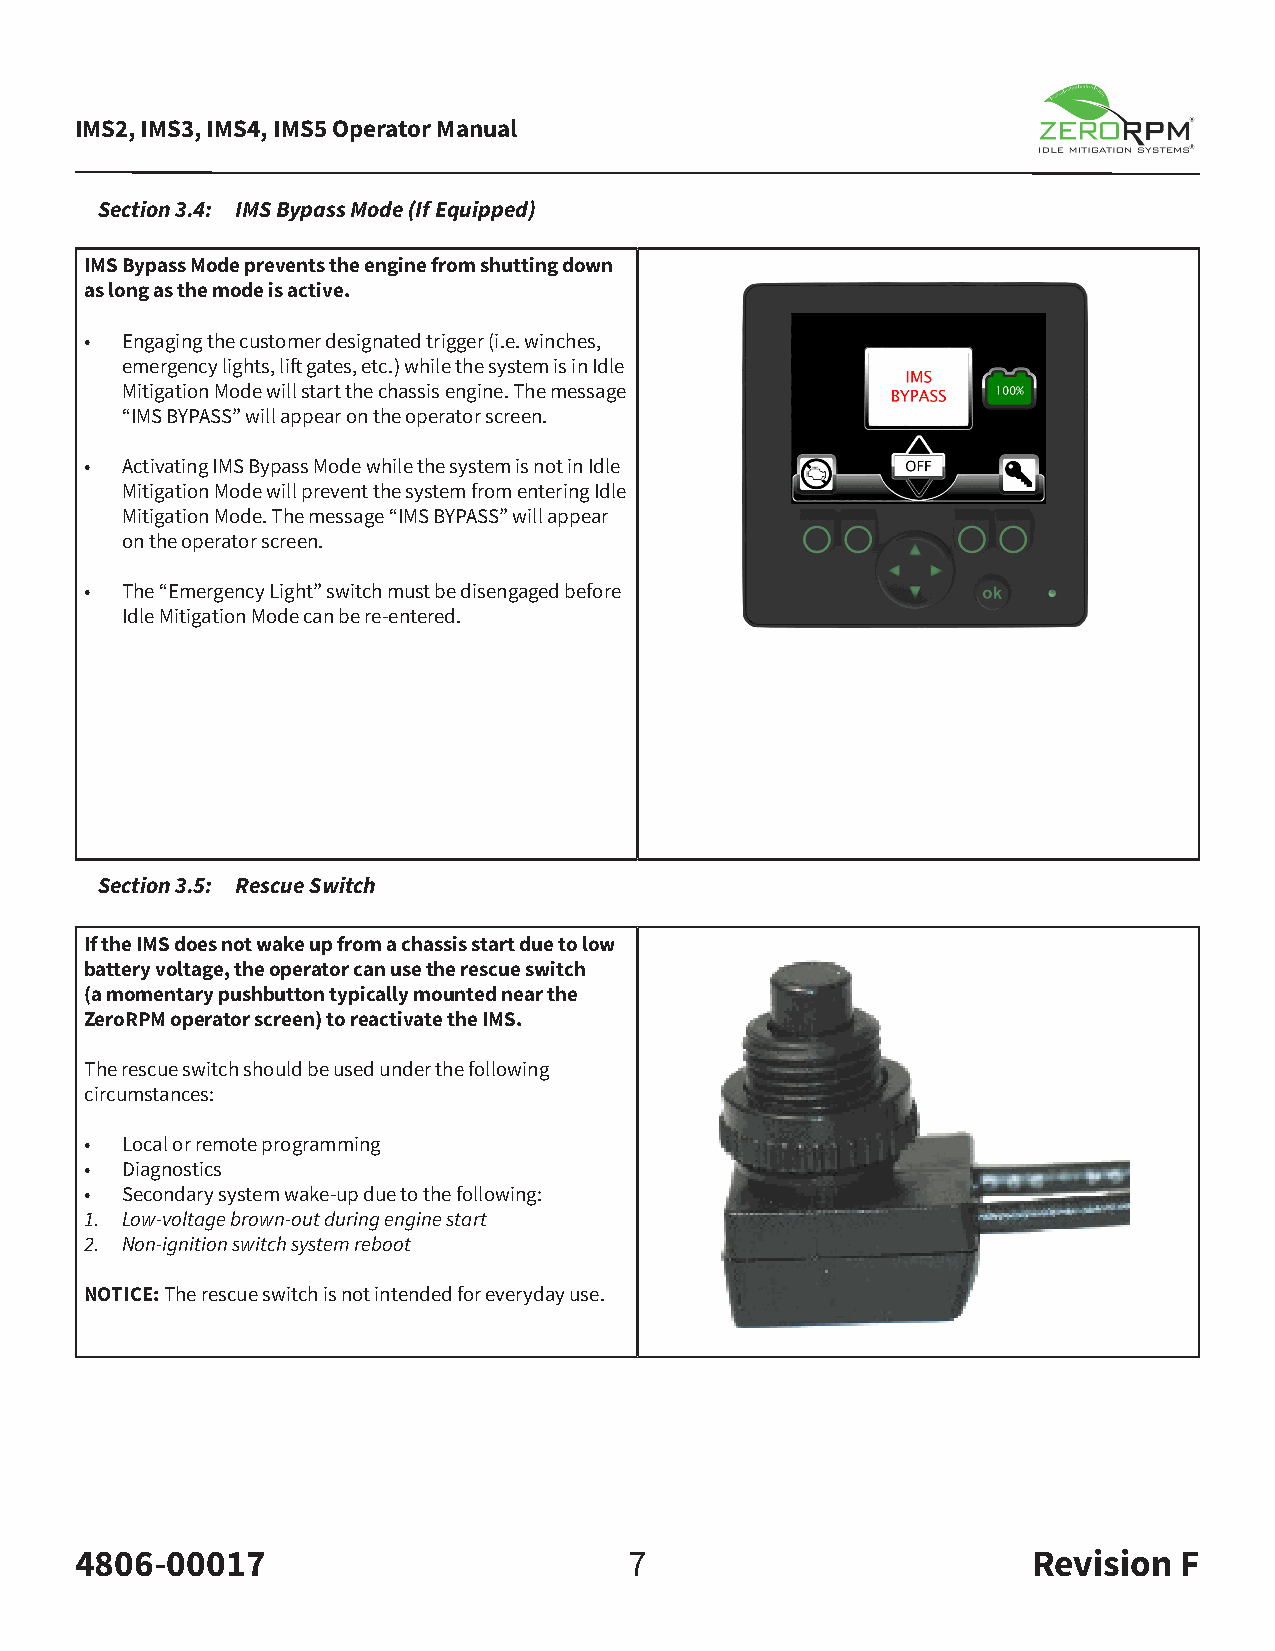
IMS2, IMS3, IMS4, IMS5 Operator Manual
 Section 3.4: IMS Bypass Mode (If Equipped)
 IMS Bypass Mode prevents the engine from shutting down
 as long as the mode is active.
 • Engaging the customer designated trigger (i.e. winches,
 emergency lights, lift gates, etc.) while the system is in Idle
 Mitigation Mode will start the chassis engine. The message
 “IMS BYPASS” will appear on the operator screen.
 • Activating IMS Bypass Mode while the system is not in Idle
 Mitigation Mode will prevent the system from entering Idle
 Mitigation Mode. The message “IMS BYPASS” will appear
 on the operator screen.
 • The “Emergency Light” switch must be disengaged before
 Idle Mitigation Mode can be re-entered.
 Section 3.5: Rescue Switch
 If the IMS does not wake up from a chassis start due to low
 battery voltage, the operator can use the rescue switch
 (a momentary pushbutton typically mounted near the
 ZeroRPM operator screen) to reactivate the IMS.
 The rescue switch should be used under the following
 circumstances:
 • Local or remote programming
 • Diagnostics
 • Secondary system wake-up due to the following:
 1. Low-voltage brown-out during engine start
 2. Non-ignition switch system reboot
 NOTICE: The rescue switch is not intended for everyday use.
 4806-00017                           7                         Revision  F